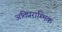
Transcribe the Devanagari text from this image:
अतिप्रराम्भिक